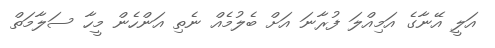
އަލީ އޭނާގެ އަމިއްލަ ފުރާނަ އަށް ބެލުމެއް ނެތި އަންހެން މީހާ ސަލާމަތް